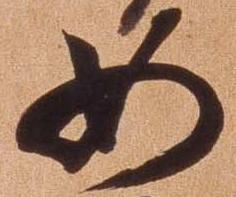
如